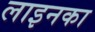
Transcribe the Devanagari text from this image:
लाइनका